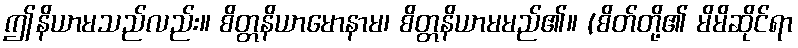
ဤနိယာမသည်လည်း။ စိတ္တနိယာမောနာမ၊ စိတ္တနိယာမမည်၏။ (စိတ်တို့၏ မိမိဆိုင်ရာ